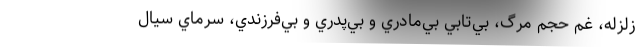
زلزله، غم حجم مرگ، بي‌تابي بي‌مادري و بي‌پدري و بي‌فرزندي، سرماي سيال